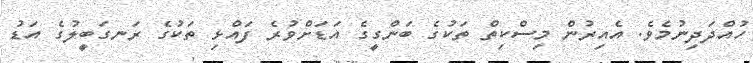
ހުއްދަދިނުމެވެ. އެއިރުން މިސްކިތް ތަކުގެ ބަންގީގެ އަޑަށްވުރެ ފައްޅި ތަކުގެ ރަނގަބީލުގެ އަޑު